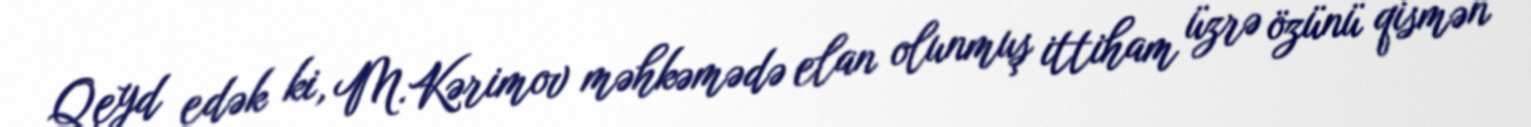
Qeyd edək ki, M.Kərimov məhkəmədə elan olunmuş ittiham üzrə özünü qismən